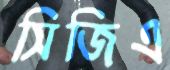
সিজিএ